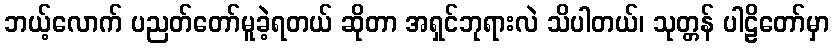
ဘယ့်လောက် ပညတ်တော်မူခဲ့ရတယ် ဆိုတာ အရှင်ဘုရားလဲ သိပါတယ်၊ သုတ္တန် ပါဠိတော်မှာ